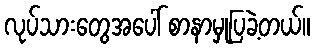
လုပ်သားတွေအပေါ် စာနာမှုပြခဲ့တယ်။